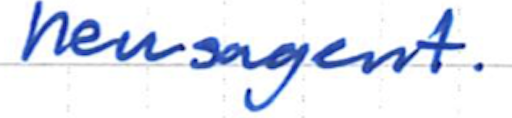
Text: newsagent.
Cross-out: clean
Writing tool: ballpoint